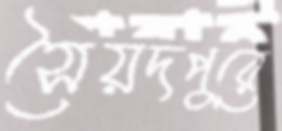
সৈয়দপুরে